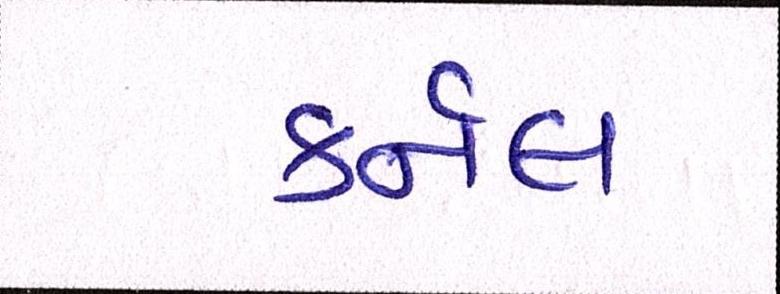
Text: કર્નલ